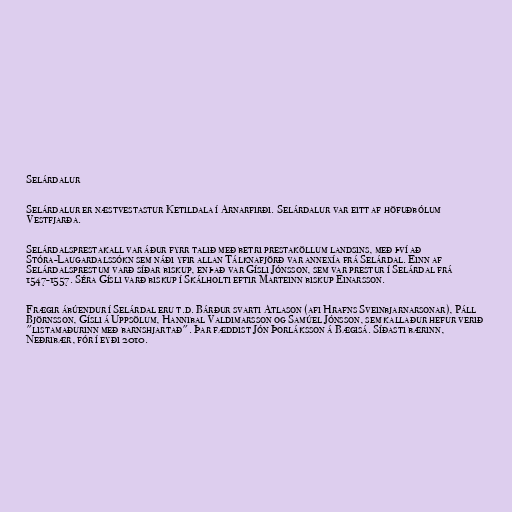
Selárdalur

Selárdalur er næstvestastur Ketildala í Arnarfirði. Selárdalur var eitt af höfuðbólum
Vestfjarða.

Selárdalsprestakall var áður fyrr talið með betri prestaköllum landsins, með því að
Stóra-Laugardalssókn sem náði yfir allan Tálknafjörð var annexía frá Selárdal. Einn af
Selárdalsprestum varð síðar biskup, en það var Gísli Jónsson, sem var prestur í Selárdal frá
1547-1557. Séra Gísli varð biskup í Skálholti eftir Marteinn biskup Einarsson.

Frægir ábúendur í Selárdal eru t.d. Bárður svarti Atlason (afi Hrafns Sveinbjarnarsonar), Páll
Björnsson, Gísli á Uppsölum, Hannibal Valdimarsson og Samúel Jónsson, sem kallaður hefur verið
"listamaðurinn með barnshjartað". Þar fæddist Jón Þorláksson á Bægisá. Síðasti bærinn,
Neðribær, fór í eyði 2010.